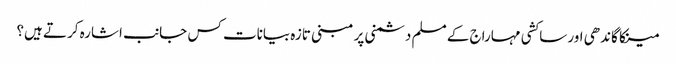
مینکا گاندھی اور ساکشی مہاراج کے مسلم دشمنی پر مبنی تازہ بیانات کس جانب اشارہ کرتے ہیں؟